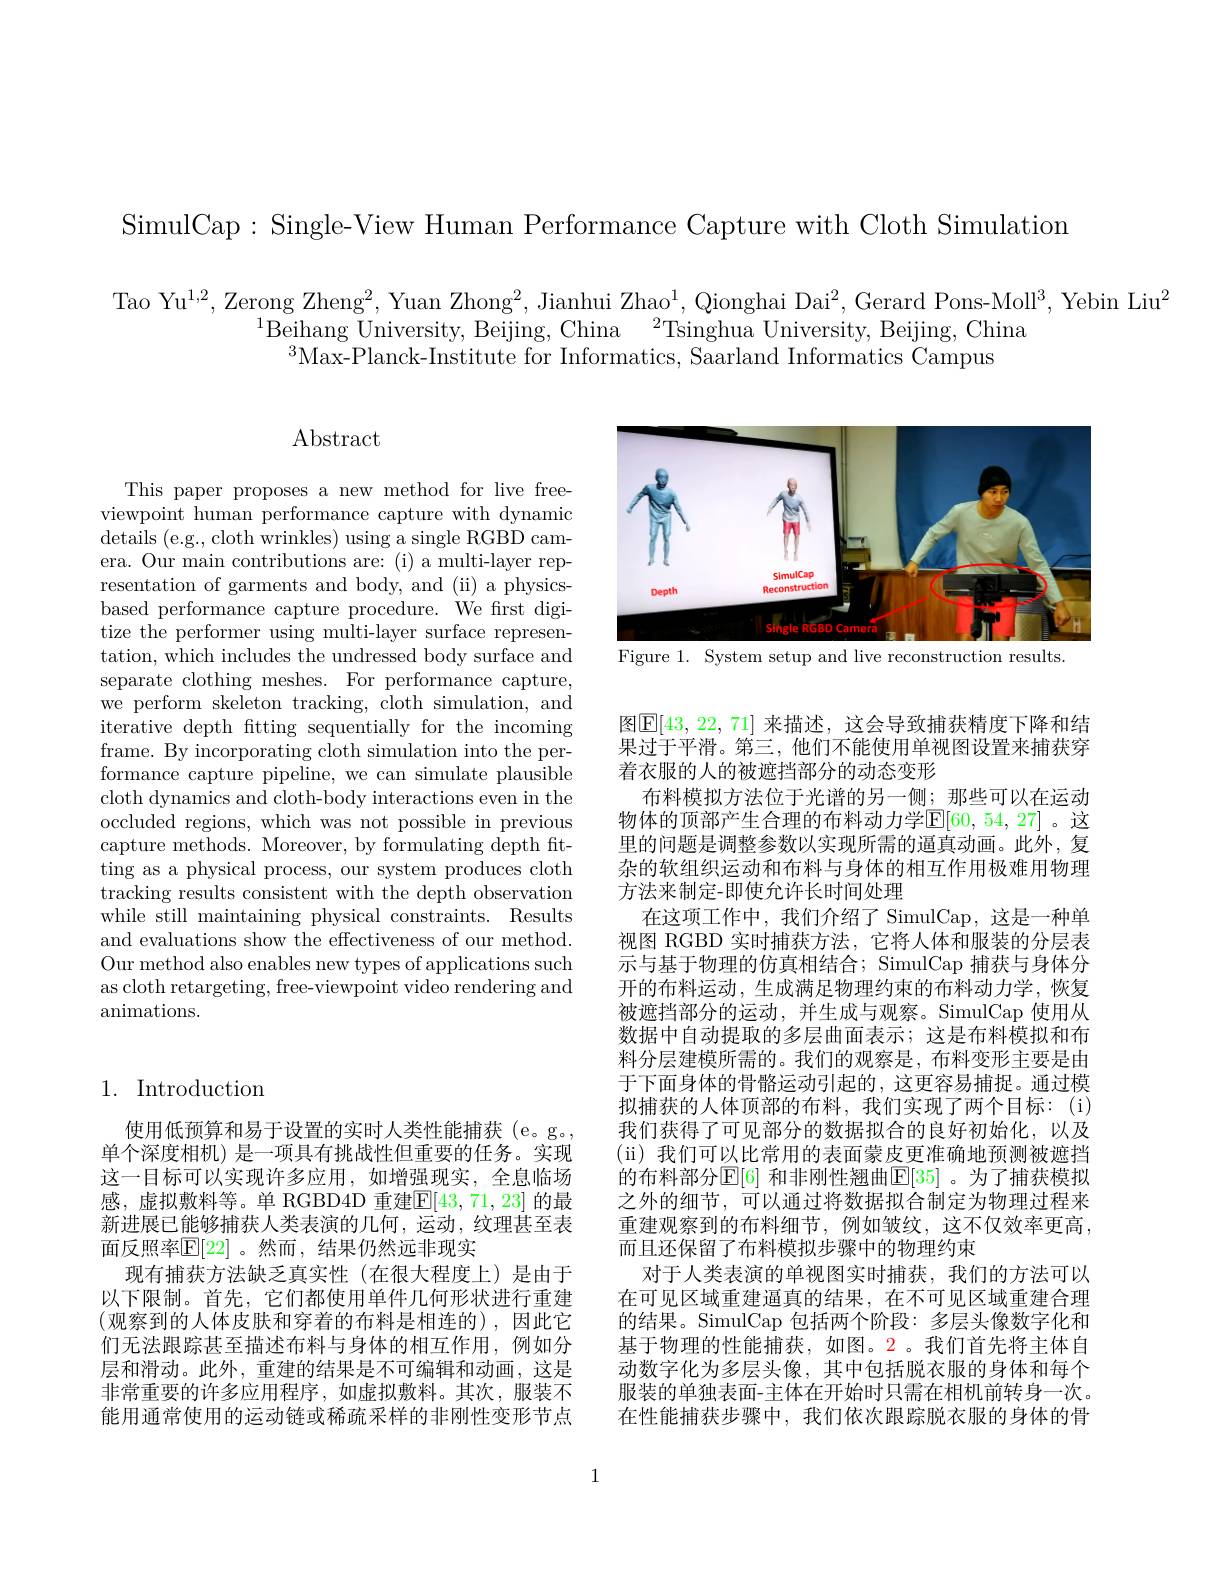
SimulCap: Single-View Human Performance Capture with Cloth Simulation

Tao Yu$^1,2$, Zerong Zheng$^2,\text{Yuan Zhong}^2,\text{Jianhui Zhao}^1,\text{Qionghai Dai}^2$,Gerard Pons-Moll$^3$, Yebin Liu$^2$
$^{1}$Beihang University, Beijing, China$\:^2$Tsinghua University, Beijing, China
$^{3}$Max-Planck-Institute for Informatics, Saarland Informatics Campus

<FigureHere>
Figure 1. System setup and live reconstruction results.

## Abstract

This paper proposes a new method for live freeviewpoint human performance capture with dynamic details (e.g., cloth wrinkles) using a single RGBD camera. Our main contributions are: (i) a multi-layer representation of garments and body, and (ii) a physicsbased performance capture procedure. We first digitize the performer using multi-layer surface representation, which includes the undressed body surface and separate clothing meshes. For performance capture, we perform skeleton tracking, cloth simulation, and iterative depth fitting sequentially for the incoming frame. By incorporating cloth simulation into the performance capture pipeline, we can simulate plausible cloth dynamics and cloth-body interactions even in the occluded regions, which was not possible in previous capture methods. Moreover, by formulating depth ftting as a physical process, our system produces cloth tracking results consistent with the depth observation while still maintaining physical constraints. Results and evaluations show the effectiveness of our method. Our method also enables new types of applications such as cloth retargeting, free-viewpoint video rendering and animations.

## 1. Introduction

使用低预算和易于设置的实时人类性能捕获(e。g。, 单个深度相机) 是一项具有挑战性但重要的任务。实现这一目标可以实现许多应用，如增强现实，全息临场感，虚拟敷料等。单 RGBD4D 重建$\overline{\mathbb{E}}[43,71,23]$ 的最新进展已能够捕获人类表演的几何，运动，纹理甚至表面反照率$\overline{\mathbb{F}}[22]$。然而，结果仍然远非现实
现有捕获方法缺乏真实性(在很大程度上)是由于以下限制。首先，它们都使用单件几何形状进行重建(观察到的人体皮肤和穿着的布料是相连的),因此它们无法跟踪甚至描述布料与身体的相互作用，例如分层和滑动。此外，重建的结果是不可编辑和动画，这是非常重要的许多应用程序，如虚拟敷料。其次，服装不能用通常使用的运动链或稀疏采样的非刚性变形节点

图$\mathbb{E}[43,22,71]$ 来描述，这会导致捕获精度下降和结$\dot{\text{果过于平滑。第三，他们不能使用单视图设置来捕获穿}}$ 着衣服的人的被遮挡部分的动态变形
布料模拟方法位于光谱的另一侧；那些可以在运动物体的顶部产生合理的布料动力学$\mathbb{E}[60,54,27]$ 。这里的问题是调整参数以实现所需的逼真动画。此外，复杂的软组织运动和布料与身体的相互作用极难用物理方法来制定-即使允许长时间处理
在这项工作中，我们介绍了 SimulCap,这是一种单视图 RGBD 实时捕获方法，它将人体和服装的分层表示与基于物理的仿真相结合；SimulCap 捕获与身体分开的布料运动，生成满足物理约束的布料动力学，恢复被遮挡部分的运动，并生成与观察。SimulCap 使用从数据中自动提取的多层曲面表示；这是布料模拟和布料分层建模所需的。我们的观察是，布料变形主要是由于下面身体的骨骼运动引起的，这更容易捕捉。通过模拟捕获的人体顶部的布料，我们实现了两个目标：(i) 我们获得了可见部分的数据拟合的良好初始化，以及(ii)我们可以比常用的表面蒙皮更准确地预测被遮挡的布料部分$\operatorname{E}[6]$ 和非刚性翘曲$\operatorname{E}[35]$。为了捕获模拟之外的细节，可以通过将数据拟合制定为物理过程来重建观察到的布料细节，例如皱纹，这不仅效率更高， 而且还保留了布料模拟步骤中的物理约束
对于人类表演的单视图实时捕获，我们的方法可以在可见区域重建逼真的结果，在不可见区域重建合理的结果。SimulCap 包括两个阶段：多层头像数字化和基于物理的性能捕获，如图。2。我们首先将主体自动数字化为多层头像，其中包括脱衣服的身体和每个服装的单独表面-主体在开始时只需在相机前转身一次。在性能捕获步骤中，我们依次跟踪脱衣服的身体的骨

1